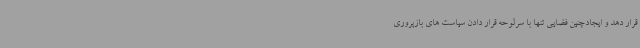
قرار دهد و ایجادچنین فضایی تنها با سرلوحه قرار دادن سیاست های بازپروری